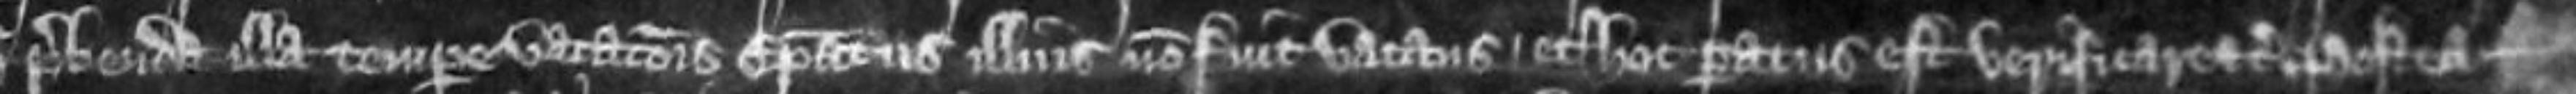
prebenda illa tempore vacationis episcopatus illius non fuit vacans Et hoc paratus est verificare etc Postea